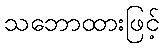
သဘောထားဖြင့်